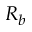
R _ { b }